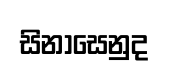
සිනාසෙනුද